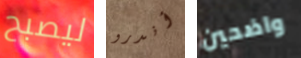
ليصبح أندرو واضحين